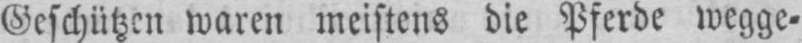
Geschützen waren meistens die Pferde wegge⸗